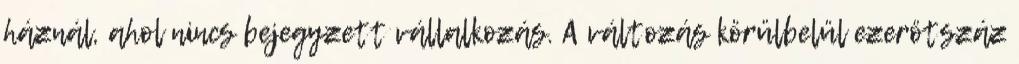
háznál, ahol nincs bejegyzett vállalkozás. A változás körülbelül ezerötszáz